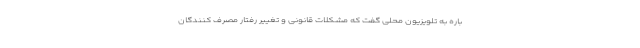
باره به تلویزیون محلی گفت که مشکلات قانونی و تغییر رفتار مصرف کنندگان